Annual report on the working of the mental hospitals in the Madras Presidency - 1912-1932
Year: 1912
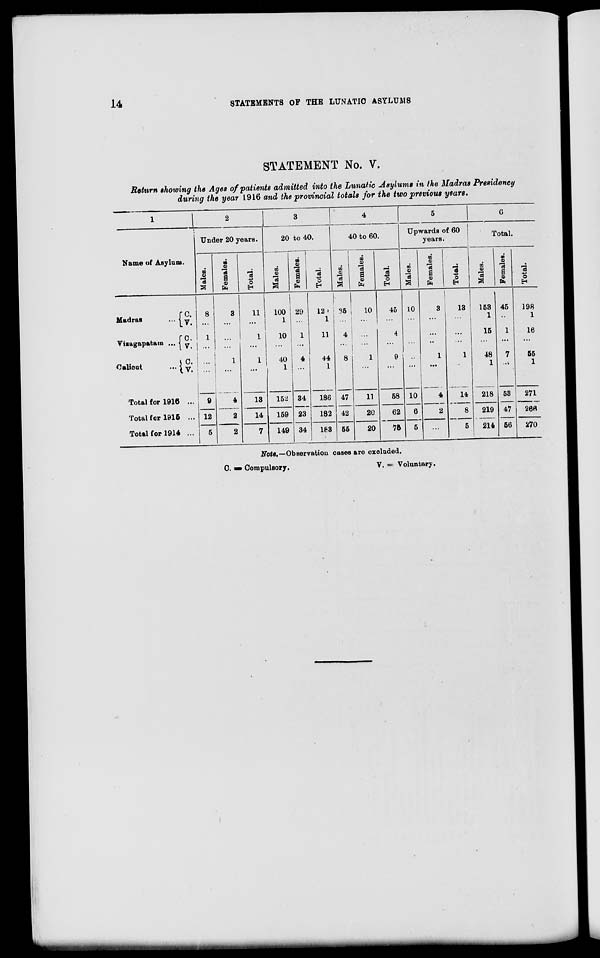
14
STATEMENTS OF THE LUNATIC ASYLUMS
STATEMENT No. V.
Return showing the Ages of patients admitted into the Lunatic Asylums in the Madras Presidency
during the year 1916 and the provincial totals for the two previous years.
1
Name of Asylum.
Madras ...
Vizagapatam ...
Calicut ...
C.
V.
C.
V.
C.
V.
Total for 1916 ...
Total for 1915 ...
Total for 1914 ...
2
Under 20 years.
Males.
8
...
1
...
...
...
9
12
5
Females.
3
...
...
...
1
...
4
2
2
Total.
11
...
1
...
1
...
13
14
7
3
20 to 40.
Males.
100
1
10
...
40
1
152
159
149
Females.
29
...
1
...
4
...
34
23
34
Total.
129
1
11
...
44
1
186
182
183
4
40 to 60.
Males.
35
...
4
...
8
...
47
42
55
Females.
10
...
...
...
1
...
11
20
20
Total.
45
...
4
...
9
...
58
62
75
5
Upwards of 60
years.
Males.
10
...
...
...
...
...
10
6
5
Females.
3
...
...
...
1
...
4
2
...
Total.
13
...
...
...
1
...
14
8
5
6
Total.
Males.
153
1
15
...
48
1
218
219
214
Females.
45
...
1
...
7
...
53
47
56
Total.
198
1
16
...
55
1
271
266
270
Note.—Observation cases are excluded.
C. = Compulsory.
V. = Voluntary.